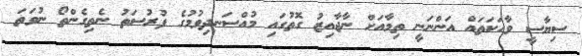
ސިޔާސީ ވާހަކަތައް އަންނަނީ ތިމާއަށް ނާޖާއިޒު ގޮތުގައި މުއްސަނދިވުމުގެ ފުރުސަތު ނެތިގެންތޯ ނުވަތަ